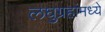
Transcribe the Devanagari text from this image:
लघुग्रहांमध्ये